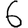
Digit: 6